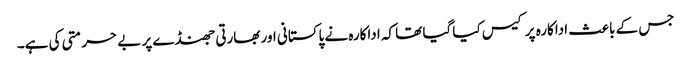
جس کے باعث اداکارہ پر کیس کیا گیا تھا کہ اداکارہ نے پاکستانی اور بھارتی جھنڈے پر بے حرمتی کی ہے۔